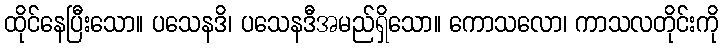
ထိုင်နေပြီးသော။ ပသေနဒိ၊ ပသေနဒီအမည်ရှိသော။ ကောသလော၊ ကာသလတိုင်းကို